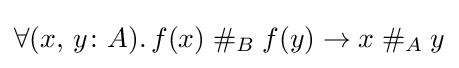
\forall (x,\,y\colon A).\,f(x)\;\#_{B}\;f(y)\to x\;\#_{A}\;y